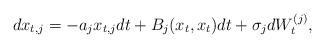
LaTeX: \begin{align*} dx_{t,j} = -a_j x_{t,j}dt + B_j(x_t,x_t)dt + \sigma_j dW_t^{(j)},\end{align*}